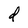
Character: d